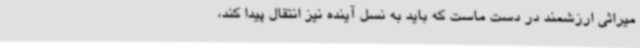
میراثی ارزشمند در دست ماست که باید به نسل آینده نیز انتقال پیدا کند،